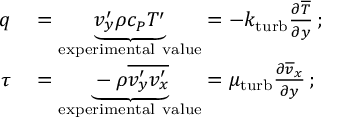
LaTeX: \begin{array} { r l } { q } & { { } = \underbrace { v _ { y } ^ { \prime } \rho c _ { P } T ^ { \prime } } _ { \mathrm { e x p e r i m e n t a l ~ v a l u e } } = - k _ { \mathrm { t u r b } } { \frac { \partial { \overline { { T } } } } { \partial y } } \, ; } \\ { \tau } & { { } = \underbrace { - \rho { \overline { { v _ { y } ^ { \prime } v _ { x } ^ { \prime } } } } } _ { \mathrm { e x p e r i m e n t a l ~ v a l u e } } = \mu _ { \mathrm { t u r b } } { \frac { \partial { \overline { { v } } } _ { x } } { \partial y } } \, ; } \end{array}